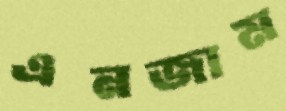
এনজাম